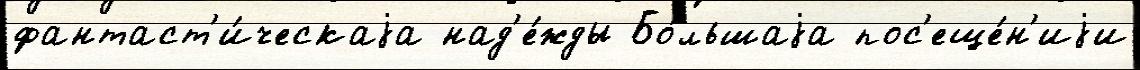
фантаст'и́ческаjа над'е́жды Бо́льшаjа пос'еще́н'иjи